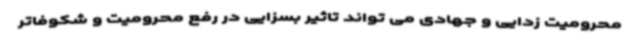
محرومیت زدایی و جهادی می تواند تاثیر بسزایی در رفع محرومیت و شکوفاتر